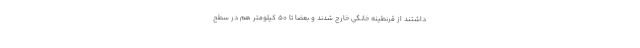
داشتند از قرنطینه خانگی خارج شدند و بعضاً تا ۵۰ کیلومتر هم در سطح